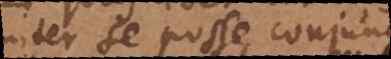
inter se posse conjung